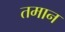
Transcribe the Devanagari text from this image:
तमान